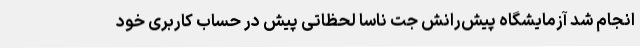
انجام شد آزمایشگاه پیش‌رانش جت ناسا لحظاتی پیش در حساب کاربری خود